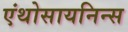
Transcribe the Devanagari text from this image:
एंथोसायनिन्स